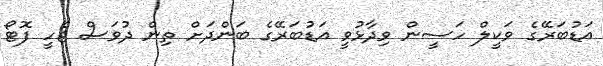
އަޑުބަރޭގެ ވަކީލް ހަސީން ވިދާޅުވީ އަޑުބަރޭގެ ބަންދަށް ތިން ދުވަސް ޖެހީ ފޮޓޯ